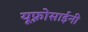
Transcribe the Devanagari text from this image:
यूफ़्रोसाईनी